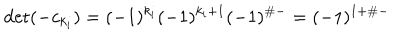
\det ( - c _ { k _ { i } } ) = ( - 1 ) ^ { k _ { i } } ( - 1 ) ^ { k _ { i } + 1 } ( - 1 ) ^ { \# - } = ( - 1 ) ^ { 1 + \# - }